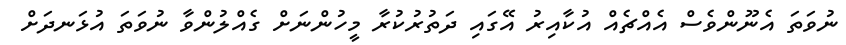
ނުވަތަ އެނޫންވެސް އެއްޗެއް އުކާއިރު އޭގައި ދަތުރުކުރާ މީހުންނަށް ގެއްލުންވާ ނުވަތަ އުޅަނދަށް